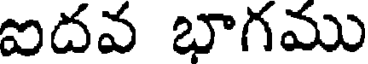
ఐదవ భాగము